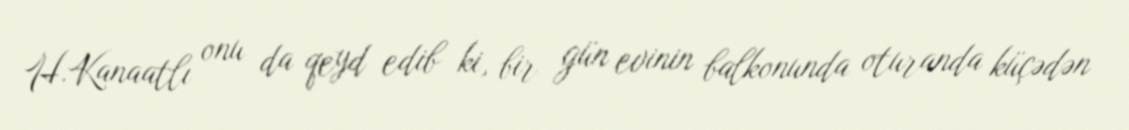
H.Kanaatlı onu da qeyd edib ki, bir gün evinin balkonunda oturanda küçədən